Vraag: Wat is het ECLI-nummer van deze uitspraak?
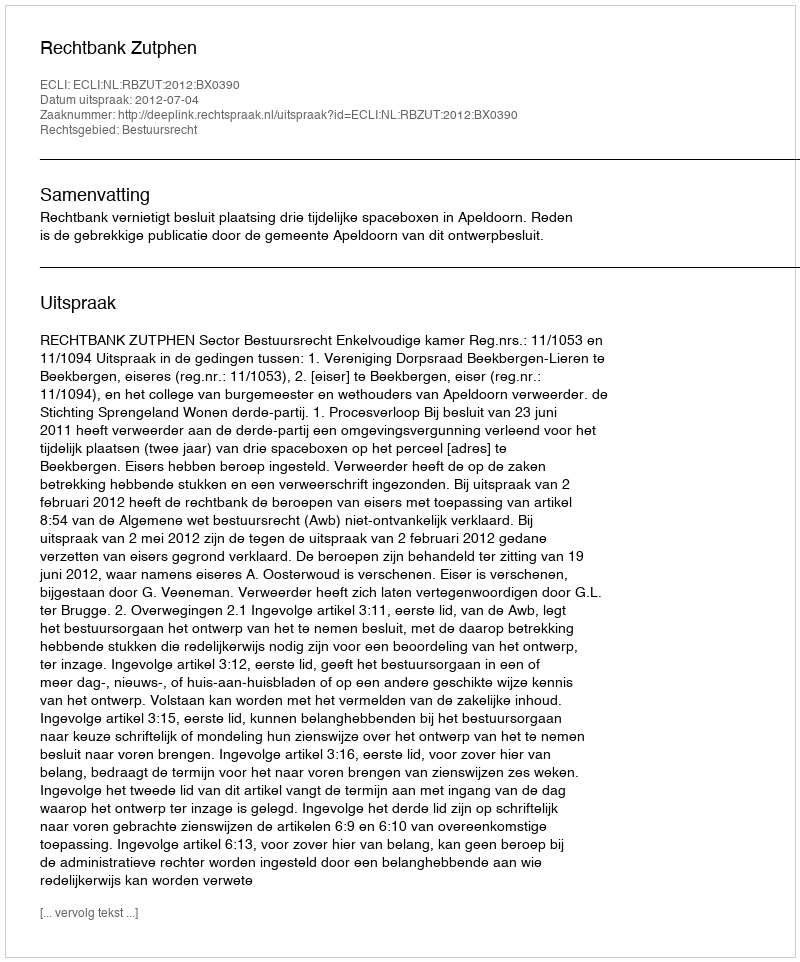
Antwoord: ECLI:NL:RBZUT:2012:BX0390